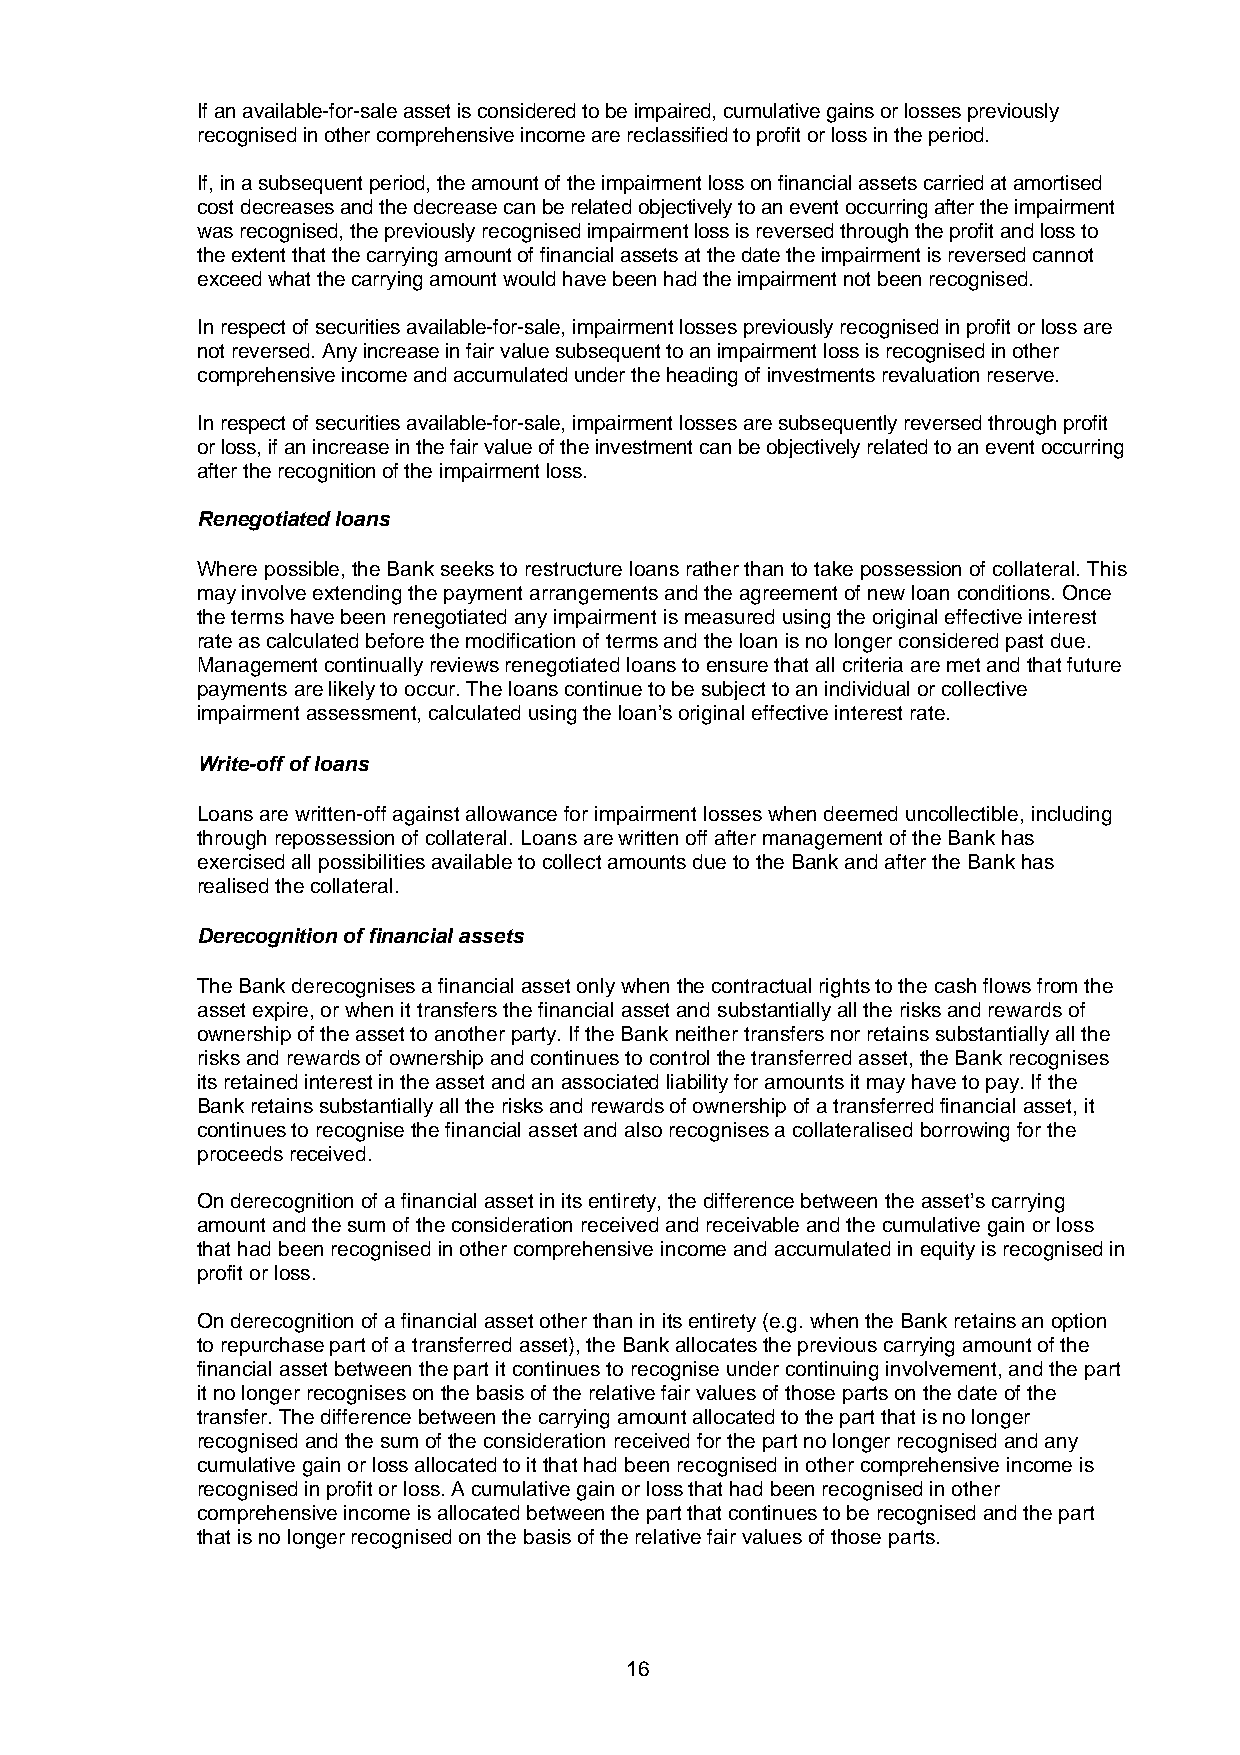
If an available-for-sale asset is considered to be impaired, cumulative gains or losses previously
 recognised in other comprehensive income are reclassified to profit or loss in the period.
 If, in a subsequent period, the amount of the impairment loss on financial assets carried at amortised
 cost decreases and the decrease can be related objectively to an event occurring after the impairment
 was recognised, the previously recognised impairment loss is reversed through the profit and loss to
 the extent that the carrying amount of financial assets at the date the impairment is reversed cannot
 exceed what the carrying amount would have been had the impairment not been recognised.
 In respect of securities available-for-sale, impairment losses previously recognised in profit or loss are
 not reversed. Any increase in fair value subsequent to an impairment loss is recognised in other
 comprehensive income and accumulated under the heading of investments revaluation reserve.
 In respect of securities available-for-sale, impairment losses are subsequently reversed through profit
 or loss, if an increase in the fair value of the investment can be objectively related to an event occurring
 after the recognition of the impairment loss.
 Renegotiated loans
 Where possible, the Bank seeks to restructure loans rather than to take possession of collateral. This
 may involve extending the payment arrangements and the agreement of new loan conditions. Once
 the terms have been renegotiated any impairment is measured using the original effective interest
 rate as calculated before the modification of terms and the loan is no longer considered past due.
 Management continually reviews renegotiated loans to ensure that all criteria are met and that future
 payments are likely to occur. The loans continue to be subject to an individual or collective
 impairment assessment, calculated using the loan’s original effective interest rate.
 Write-off of loans
 Loans are written-off against allowance for impairment losses when deemed uncollectible, including
 through repossession of collateral. Loans are written off after management of the Bank has
 exercised all possibilities available to collect amounts due to the Bank and after the Bank has
 realised the collateral.
 Derecognition of financial assets
 The Bank derecognises a financial asset only when the contractual rights to the cash flows from the
 asset expire, or when it transfers the financial asset and substantially all the risks and rewards of
 ownership of the asset to another party. If the Bank neither transfers nor retains substantially all the
 risks and rewards of ownership and continues to control the transferred asset, the Bank recognises
 its retained interest in the asset and an associated liability for amounts it may have to pay. If the
 Bank retains substantially all the risks and rewards of ownership of a transferred financial asset, it
 continues to recognise the financial asset and also recognises a collateralised borrowing for the
 proceeds received.
 On derecognition of a financial asset in its entirety, the difference between the asset’s carrying
 amount and the sum of the consideration received and receivable and the cumulative gain or loss
 that had been recognised in other comprehensive income and accumulated in equity is recognised in
 profit or loss.
 On derecognition of a financial asset other than in its entirety (e.g. when the Bank retains an option
 to repurchase part of a transferred asset), the Bank allocates the previous carrying amount of the
 financial asset between the part it continues to recognise under continuing involvement, and the part
 it no longer recognises on the basis of the relative fair values of those parts on the date of the
 transfer. The difference between the carrying amount allocated to the part that is no longer
 recognised and the sum of the consideration received for the part no longer recognised and any
 cumulative gain or loss allocated to it that had been recognised in other comprehensive income is
 recognised in profit or loss. A cumulative gain or loss that had been recognised in other
 comprehensive income is allocated between the part that continues to be recognised and the part
 that is no longer recognised on the basis of the relative fair values of those parts.
 16